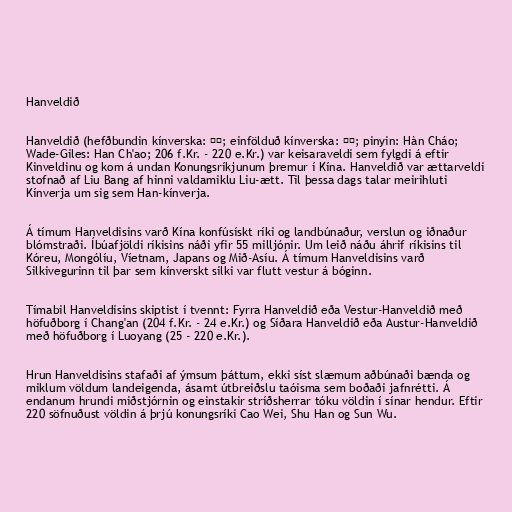
Hanveldið

Hanveldið (hefðbundin kínverska: 漢朝; einfölduð kínverska: 汉朝; pinyin: Hàn Cháo;
Wade-Giles: Han Ch'ao; 206 f.Kr. - 220 e.Kr.) var keisaraveldi sem fylgdi á eftir
Kinveldinu og kom á undan Konungsríkjunum þremur í Kína. Hanveldið var ættarveldi
stofnað af Liu Bang af hinni valdamiklu Liu-ætt. Til þessa dags talar meirihluti
Kínverja um sig sem Han-kínverja.

Á tímum Hanveldisins varð Kína konfúsískt ríki og landbúnaður, verslun og iðnaður
blómstraði. Íbúafjöldi ríkisins náði yfir 55 milljónir. Um leið náðu áhrif ríkisins til
Kóreu, Mongólíu, Víetnam, Japans og Mið-Asíu. Á tímum Hanveldisins varð
Silkivegurinn til þar sem kínverskt silki var flutt vestur á bóginn.

Tímabil Hanveldisins skiptist í tvennt: Fyrra Hanveldið eða Vestur-Hanveldið með
höfuðborg í Chang'an (204 f.Kr. - 24 e.Kr.) og Síðara Hanveldið eða Austur-Hanveldið
með höfuðborg í Luoyang (25 - 220 e.Kr.).

Hrun Hanveldisins stafaði af ýmsum þáttum, ekki síst slæmum aðbúnaði bænda og
miklum völdum landeigenda, ásamt útbreiðslu taóisma sem boðaði jafnrétti. Á
endanum hrundi miðstjórnin og einstakir stríðsherrar tóku völdin í sínar hendur. Eftir
220 söfnuðust völdin á þrjú konungsríki Cao Wei, Shu Han og Sun Wu.